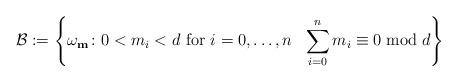
LaTeX: \begin{gather*}\mathcal{B}:=\left \{\omega_{\mathbf{m}} \colon 0<m_i<d \mbox{ for } i=0,\dots, n \ \ \sum_{i=0}^n m_i\equiv 0 \bmod d\right \}\end{gather*}